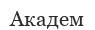
Академ